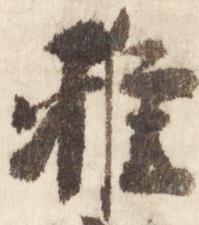
雅